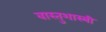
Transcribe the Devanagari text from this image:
वास्‍तुशास्‍त्री